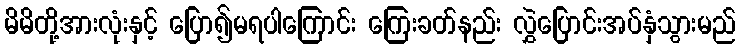
မိမိတို့အားလုံးနှင့် ပြော၍မရပါကြောင်း ကြေးခတ်နည်း လွှဲပြောင်းအပ်နှံသွားမည်